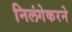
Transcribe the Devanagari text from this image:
निलंगेकरने